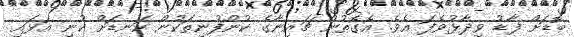
ބޮޑަށް ފާޑު ވިދާޅުވެފަ އެވެ. އެގޮތުން ޗައިނާގެ ކުންފުނިތަކުން ކަނޑަށް ކުނި އަޅައި